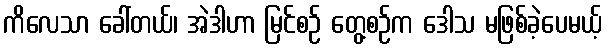
ကိလေသာ ခေါ်တယ်၊ အဲဒါဟာ မြင်စဉ် တွေ့စဉ်က ဒေါသ မဖြစ်ခဲ့ပေမယ့်